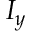
I _ { y }